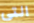
التي